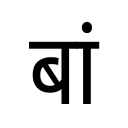
OCR:
बां